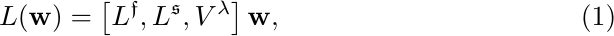
\begin{equation} \label{nondiff_total_loss}
L(\mathbf{w}) = \left[L^{\mathfrak{f}}, L^{\mathfrak{s}}, V^{\mathfrak{{\lambda}}}\right]\mathbf{w},
\end{equation}